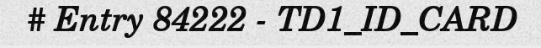
# Entry 84222 - TD1_ID_CARD